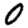
Digit: 0